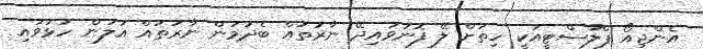
އެންޖިއޯ ޕްލާސްޓީއަކީ ހިތަށް ލޭ ފޮނުވައިދޭ ނާރުތައް ބެދުމުން ނާރުތައް އަލުން ހުޅުވައި